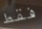
فقط